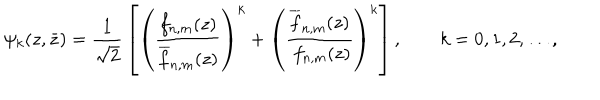
LaTeX: \psi _ { k } ( z , \bar { z } ) = { \frac { 1 } { \sqrt 2 } } \left[ \left( { \frac { f _ { n , m } ( z ) } { \overline { { f } } _ { n , m } ( z ) } } \right) ^ { k } + \left( { \frac { \overline { { { f } } } _ { n , m } ( z ) } { \ f _ { n , m } ( z ) } } \right) ^ { k } \right] , \qquad k = 0 , 1 , 2 , \ldots ,